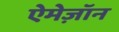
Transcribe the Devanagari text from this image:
ऐमेज़ॉन